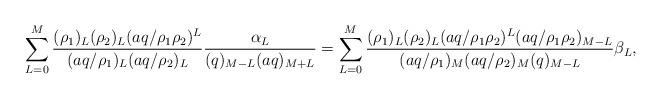
LaTeX: \begin{align*}\sum_{L=0}^M \frac{(\rho_1)_L (\rho_2)_L (aq/\rho_1\rho_2)^L}{(aq/\rho_1)_L (aq/\rho_2)_L} \frac{\alpha_L}{(q)_{M-L} (aq)_{M+L}}=\sum_{L=0}^M \frac{(\rho_1)_L (\rho_2)_L (aq/\rho_1\rho_2)^L (aq/\rho_1\rho_2)_{M-L}}{(aq/\rho_1)_M (aq/\rho_2)_M (q)_{M-L}}\beta_L,\end{align*}